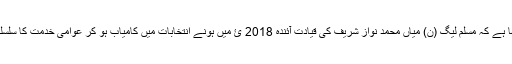
منصب ڈوگر نے کہا ہے کہ مسلم لیگ (ن) میاں محمد نواز شریف کی قیادت آئندہ 2018 ئ میں ہونے انتخابات میں کامیاب ہو کر عوامی خدمت کا سلسلہ جاری رکھے گی۔